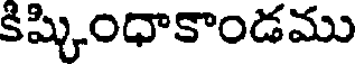
కిష్కింధాకాండము